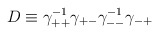
\begin{align*}D \equiv \gamma_{++}^{-1}\gamma_{+-} \gamma_{--}^{-1}\gamma_{-+}\end{align*}